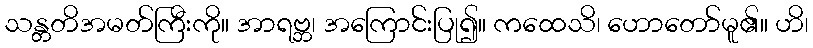
သန္တတိအမတ်ကြီးကို။ အာရဗ္ဘ၊ အကြောင်းပြု၍။ ကထေသိ၊ ဟောတော်မူ၏။ ဟိ၊